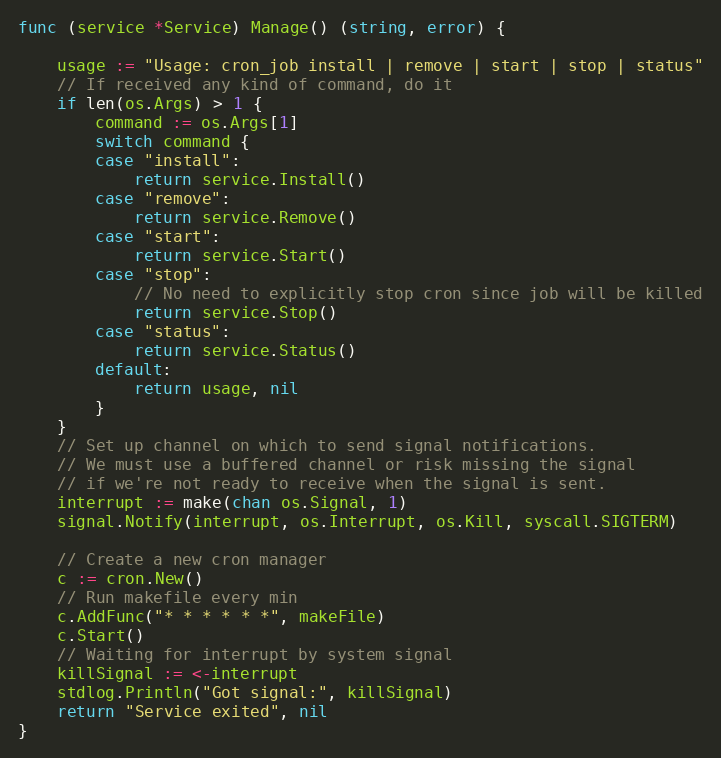
Language: Go
func (service *Service) Manage() (string, error) {

	usage := "Usage: cron_job install | remove | start | stop | status"
	// If received any kind of command, do it
	if len(os.Args) > 1 {
		command := os.Args[1]
		switch command {
		case "install":
			return service.Install()
		case "remove":
			return service.Remove()
		case "start":
			return service.Start()
		case "stop":
			// No need to explicitly stop cron since job will be killed
			return service.Stop()
		case "status":
			return service.Status()
		default:
			return usage, nil
		}
	}
	// Set up channel on which to send signal notifications.
	// We must use a buffered channel or risk missing the signal
	// if we're not ready to receive when the signal is sent.
	interrupt := make(chan os.Signal, 1)
	signal.Notify(interrupt, os.Interrupt, os.Kill, syscall.SIGTERM)

	// Create a new cron manager
	c := cron.New()
	// Run makefile every min
	c.AddFunc("* * * * * *", makeFile)
	c.Start()
	// Waiting for interrupt by system signal
	killSignal := <-interrupt
	stdlog.Println("Got signal:", killSignal)
	return "Service exited", nil
}